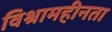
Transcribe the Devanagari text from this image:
विश्रामहीनता